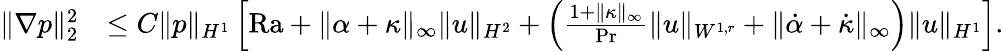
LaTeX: \begin{array}{rl}{\| \nabla p\| _{2}^{2}}&{\leq C\| p\| _{H^{1}}\left[\mathrm{{Ra}}+\| \alpha+\kappa\| _{\infty}\| u\| _{H^{2}}+\left(\frac{1+\| \kappa\| _{\infty}}{\mathrm{Pr}}\| u\| _{W^{1,r}}+\| \dot{\alpha}+\dot{\kappa}\| _{\infty}\right)\| u\| _{H^{1}}\right].}\end{array}